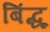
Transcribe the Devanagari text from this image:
बिंद्धू